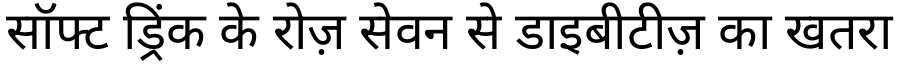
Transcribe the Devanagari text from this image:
सॉफ्ट ड्रिंक के रोज़ सेवन से डाइबीटीज़ का खतरा